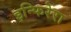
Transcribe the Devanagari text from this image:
इन्फिरेरा